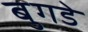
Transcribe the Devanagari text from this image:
बुगडे